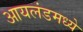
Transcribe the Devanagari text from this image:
आयलंडमध्ये